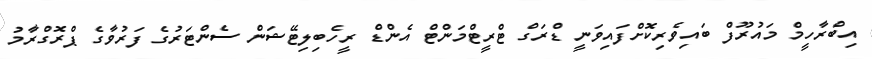
އިބްރާހީމް މައުރޫފް ބައިވެރިކޮށްފައިވަނީ ޑްރަގް ޓްރީޓްމަންޓް އެންޑް ރީހެބިލިޓޭޝަން ސެންޓަރުގެ ފަރުވާގެ ޕްރޮގްރާމު